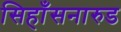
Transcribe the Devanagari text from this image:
सिहाँसनारुड